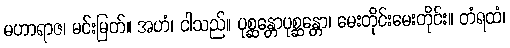
မဟာရာဇ၊ မင်းမြတ်။ အဟံ၊ ငါသည်။ ပုစ္ဆန္တောပုစ္ဆန္တော၊ မေးတိုင်းမေးတိုင်း။ တံရထံ၊